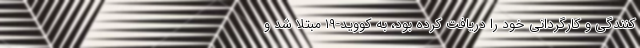
کنندگی و کارگردانی خود را دریافت کرده بود، به کووید-۱۹ مبتلا شد و